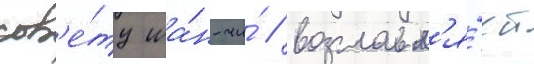
сов'е́ту ша́н-чи́ / возглавл'я́ет